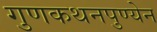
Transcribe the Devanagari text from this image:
गुणकथनपुण्येन